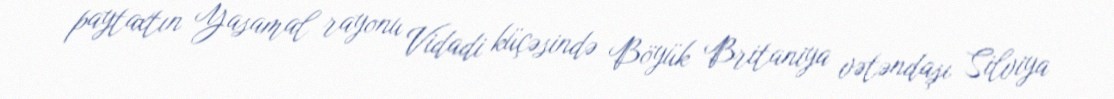
paytaxtın Yasamal rayonu Vidadi küçəsində Böyük Britaniya vətəndaşı Silviya